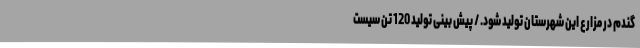
گندم در مزارع این شهرستان تولید شود. / پیش بینی تولید 120 تن سیست